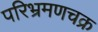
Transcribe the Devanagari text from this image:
परिभ्रमणचक्र